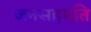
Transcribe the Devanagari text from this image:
जनसहमति